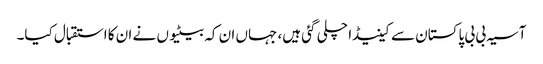
آسیہ بی بی پاکستان سے کینیڈا چلی گئی ہیں، جہاں ان کہ بیٹیوں نے ان کا استقبال کیا۔